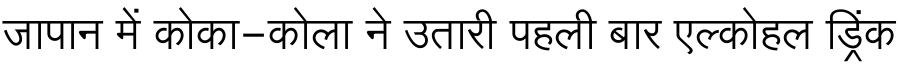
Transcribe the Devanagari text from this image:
जापान में कोका-कोला ने उतारी पहली बार एल्कोहल ड्रिंक